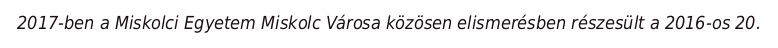
2017-ben a Miskolci Egyetem Miskolc Városa közösen elismerésben részesült a 2016-os 20.